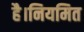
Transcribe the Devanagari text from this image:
है।नियमित